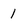
Character: 1